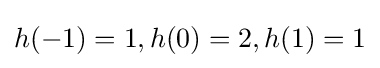
h(-1)=1,h(0)=2,h(1)=1